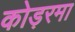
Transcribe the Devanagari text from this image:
कोड़रमा